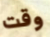
وقت